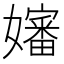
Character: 嬸